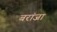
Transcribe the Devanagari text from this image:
बरांजा